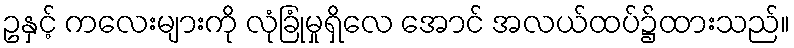
ဥနှင့် ကလေးများကို လုံခြုံမှုရှိလေ အောင် အလယ်ထပ်၌ထားသည်။